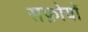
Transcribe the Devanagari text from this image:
सफ़ोयों